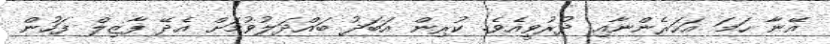
އޭނާ ހަމަ އަހަރެންނާއި ދުރުވީއެވެ. ކުރިން އަބަދު ބައްދަލުވުމަށް އެދޭ ފާޒިލް ފަހުން